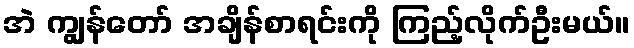
အဲ ကျွန်တော် အချိန်စာရင်းကို ကြည့်လိုက်ဦးမယ်။